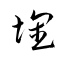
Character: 壊